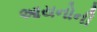
આયનોની